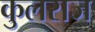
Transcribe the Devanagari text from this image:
कुलराज